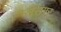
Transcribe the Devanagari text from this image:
सरागर